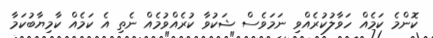
ކޮންމެ ކަމެއް ހަވާލުކުރެއްވި ނަމަވެސް ޝަކުވާ ކުރެއްވުމެއް ނެތި އެ ކަމެއް ކާމިޔާބުކަމާ